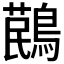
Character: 𪃔